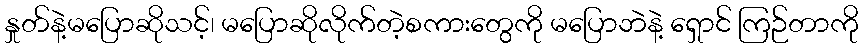
နှုတ်နဲ့မပြောဆိုသင့်၊ မပြောဆိုလိုက်တဲ့စကားတွေကို မပြောဘဲနဲ့ ရှောင် ကြဉ်တာကို